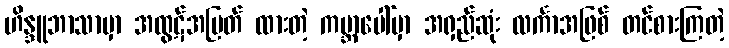
ဟိန္ဒူဘာသာမှာ အထွဋ်အမြတ် ထားတဲ့ ကမ္ဘာပေါ်မှာ အရှည်ဆုံး လင်္ကာအဖြစ် တင်စားကြတဲ့